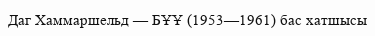
Даг Хаммаршельд — БҰҰ (1953—1961) бас хатшысы